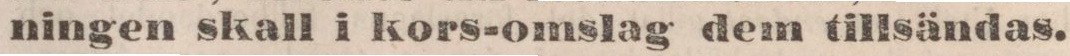
ningen skall i kors-omslag dem tillsändas.